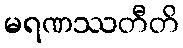
မရဏဿတီတိ